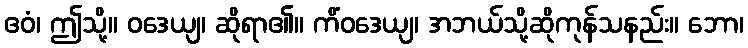
ဧဝံ၊ ဤသို့။ ဝဒေယျ၊ ဆိုရာ၏။ ကိံဝဒေယျ၊ အဘယ်သို့ဆိုကုန်သနည်း။ ဘော၊